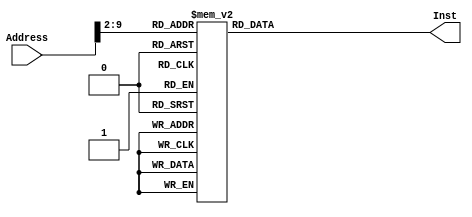
`timescale 1ns / 1ps
//////////////////////////////////////////////////////////////////////////////////
// Company: 
// Engineer: 
// 
// Design Name: 
// Module Name: InstMemory
// Project Name: 
// Target Devices: 
// Tool Versions: 
// Description: 
// ROM,IP
// Dependencies: 
// 
// Revision:
// Revision 0.01 - File Created
// Additional Comments:
// 
//////////////////////////////////////////////////////////////////////////////////


module InstMemory(Address,Inst);
(* DONT_TOUCH= "TRUE" *) input [31:0] Address;
output reg [31:0] Inst;
parameter s0 = 5'd16;
parameter s1 = 5'd17;
parameter s2 = 5'd18;
parameter s4 = 5'd20;
parameter s5 = 5'd21;
parameter a0 = 5'd4;
parameter a1 = 5'd5;
parameter a2 = 5'd6;
parameter a3 = 5'd7;
parameter t0 = 5'd8;
parameter t1 = 5'd9;
parameter t2 = 5'd10;
parameter t3 = 5'd11;
parameter t4 = 5'd12;
parameter t5 = 5'd13;
parameter t6 = 5'd14;
parameter t7 = 5'd15;
parameter t8 = 5'd24;
parameter v0 = 5'd2;
parameter Interrupt = 26'd46;
parameter digital = 26'd139;
parameter exception = 26'd145;
always @(*) begin
    case (Address[9:2])
        // j main
        8'd0: Inst <= {6'h02,26'd3};
        // j interrupt
        8'd1: Inst <= {6'h02,Interrupt};
        // j exception
        8'd2: Inst <= {6'h02,exception};
        //lw $s0 0($0)
        8'd3: Inst <= {6'h23,5'd0,5'd16,16'd0};
        //lw $s1 4($0)
        8'd4: Inst <= {6'h23,5'd0,5'd17,16'd4};
        //lw $s2 8($0)
        8'd5: Inst <= {6'h23,5'd0,5'd18,16'd8};
        //lw $s5 12($0)
        8'd6: Inst <= {6'h23,5'd0,5'd21,16'd12};
        //lw $s4 16($0)
        8'd7: Inst <= {6'h23,5'd0,5'd20,16'd16};
        //addi $t0 $0 0
        8'd8: Inst <= {6'h08,5'd0,5'd8,16'd0};
        //addi $a0 $s4 0
        8'd9: Inst <= {6'h08,5'd20,5'd4,16'd0};
        //addi $a1 $s5 0
        8'd10: Inst <= {6'h08,5'd21,5'd5,16'd0};
        //dlp:
        //lw $a2 0($a0)
        8'd11: Inst <= {6'h23,5'd4,5'd6,16'd0};
        //lw $a3 0($a1) 
        8'd12: Inst <= {6'h23,5'd5,5'd7,16'd0};
        //addi $a0 $a0 4
        8'd13: Inst <= {6'h08,5'd4,5'd4,16'd4};
        //addi $a1 $a1 4
        8'd14: Inst <= {6'h08,5'd5,5'd5,16'd4};
        //addi $t1 $s1 0
        8'd15: Inst <= {6'h08,5'd17,5'd9,16'd0};
        //dip:
        //sub $t2 $t1 $a2
        8'd16: Inst <= {6'h00,t1,a2,t2,5'd0,6'h22};
        //bltz $t2 10
        8'd17: Inst <= {6'h01,t2,5'd0,16'd10};
        //sll $t2 $t2 2
        8'd18: Inst <= {6'h00,5'd0,t2,t2,5'd2,6'h00};
        //add $t2 $s0 $t2
        8'd19: Inst <= {6'h00,s0,t2,t2,5'd0,6'h20};
        //lw $t3 0($t2)
        8'd20: Inst <= {6'h23,t2,t3,16'd0};
        //add $t2 $t3 $a3
        8'd21: Inst <= {6'h00,t3,a3,t2,5'd0,6'h20};
        //sll $t3 $t1 2
        8'd22: Inst <= {6'h00,5'd0,t1,t3,5'd2,6'h00};
        //add $t3 $s0 $t3
        8'd23: Inst <= {6'h00,s0,t3,t3,5'd0,6'h20};
        //lw $t4 0($t3)
        8'd24: Inst <= {6'h23,t3,t4,16'd0};
        //sub $t5 $t4 $t2
        8'd25: Inst <= {6'h00,t4,t2,t5,5'd0,6'h22};
        //bgtz $t5 1
        8'd26: Inst <= {6'h07,t5,5'd0,16'd1};
        //sw $t2 0($t3)
        8'd27: Inst <= {6'h2b,t3,t2,16'd0};
        //goto:
        //addi $at $0 1
        8'd28: Inst <= {6'h08,5'd0,5'd1,16'd1};
        //sub $t1 $t1 $at
        8'd29: Inst <= {6'h00,t1,5'd1,t1,5'd0,6'h22};
        //addi $at $0 -1
        8'd30: Inst <= {6'h08,5'd0,5'd1,16'hffff};
        //sub $t5 $t1 $at
        8'd31: Inst <= {6'h00,t1,5'd1,t5,5'd0,6'h22};
        //bgtz $t5 dip
        8'd32: Inst <= {6'h07,t5,5'd0,16'hffef};
        //addi $t0 $t0 1
        8'd33: Inst <= {6'd08,t0,t0,16'd1};
        //sub $t5 $t0 $s2
        8'd34: Inst <= {6'h00,t0,s2,t5,5'd0,6'h22};
        //bltz $t5 dlp
        8'd35: Inst <= {6'h01,t5,5'd0,16'hffe7};
        //sll $t5 $s1 2
        8'd36: Inst <= {6'h00,5'd0,s1,t5,5'd2,6'h00};
        //add $t6 $s0 $t5
        8'd37: Inst <= {6'h00,s0,t5,t6,5'd0,6'h20};
        //lw $v0 0($t6)
        8'd38: Inst <= {6'h23,t6,v0,16'd0};
        //lui $t0 0x4000
        8'd39: Inst <= {6'h0f,5'd0,t0,16'h4000};
        //lw $t1 8($t0)
        8'd40: Inst <= {6'h23,t0,t1,16'd8};
        //addi $t2 $0 3
        8'd41: Inst <= {6'h08,5'd0,t2,16'd3};
        //or $t1 $t1 $t2
        8'd42: Inst <= {6'h00,t1,t2,t1,5'd0,6'h25};
        //sw $t2 8($t0)
        8'd43: Inst <= {6'h2b,t0,t2,16'd8};
        //wait: j wait
        8'd44: Inst <= {6'h02,26'd44};
        8'd45: Inst <= {6'h02,26'd44};
        //Interrupt:
        //lui $t0, 0x4000 
        8'd46: Inst <= {6'h0f,5'd0,t0,16'h4000};
        //addi $t2, $0, 9
        8'd47: Inst <= {6'h08,5'd0,t2,16'd9};
        //lw $t3, 8($t0)
        8'd48: Inst <= {6'h23,t0,t3,16'd8};
        //and $t3, $t3, $t2
        8'd49: Inst <= {6'h00,t3,t2,t3,5'd0,6'h24};
        //sw $t3, 8($t0)
        8'd50: Inst <= {6'h2b,t0,t3,16'd8};
        //lw $t4, 16($t0)
        8'd51: Inst <= {6'h23,t0,t4,16'd16};
        //andi $t5, $t4, 0x0100
        8'd52: Inst <= {6'h0c,t4,t5,16'h0100};
        //bne $t5, $0, AN1
        8'd53: Inst <= {6'h05,5'd0,t5,16'd5};
        //addi $t5, $0, 0x0d00
        8'd54: Inst <= {6'h08,5'd0,t5,16'h0d00}; 
        //add $t7, $0, $v0
        8'd55: Inst <= {6'h00,5'd0,v0,t7,5'd0,6'h20};
        //andi $t7, $t7, 0x00f0
        8'd56: Inst <= {6'h0c,t7,t7,16'h00f0};
        //srl $t7, $t7, 4 
        8'd57: Inst <= {6'h00,5'd0,t7,t7,5'd4,6'h02};
        //j Number
        8'd58: Inst <= {6'h02,26'd75};
        //AN1:
        //andi $t5, $t4, 0x0200
        8'd59: Inst <= {6'h0c,t4,t5,16'h0200};
        //bne $t5, $0, AN2
        8'd60: Inst <= {6'h05,5'd0,t5,16'd5};
        //addi $t5, $0, 0x0b00
        8'd61: Inst <= {6'h08,5'd0,t5,16'h0b00};
        //add $t7, $0, $v0
        8'd62: Inst <= {6'h00,5'd0,v0,t7,5'd0,6'h20};
        //andi $t7, $t7, 0x0f00
        8'd63: Inst <= {6'h0c,t7,t7,16'h0f00};
        //srl $t7, $t7, 8
        8'd64: Inst <= {6'h00,5'd0,t7,t7,5'd8,6'h02};
        //j Number
        8'd65: Inst <= {6'h02,26'd75};
        //AN2:
        //andi $t5, $t4, 0x0400
        8'd66: Inst <= {6'h0c,t4,t5,16'h0400};
        //bne $t5, $0, AN3
        8'd67: Inst <= {6'h05,5'd0,t5,16'd5};    
        //addi $t5, $0, 0x0700
        8'd68: Inst <= {6'h08,5'd0,t5,16'h0700};
        //add $t7,$0, $v0
        8'd69: Inst <= {6'h00,5'd0,v0,t7,5'd0,6'h20};
        //andi $t7, $t7, 0xf000
        8'd70: Inst <= {6'h0c,t7,t7,16'hf000};
        //srl $t7, $t7, 12
        8'd71: Inst <= {6'h00,5'd0,t7,t7,5'd12,6'h02};
        //j Number
        8'd72: Inst <= {6'h02,26'd75};
        //AN3:
        //addi $t5, $0, 0x0e00  
        8'd73: Inst <= {6'h08,5'd0,t5,16'h0e00};
        //add  $t7, $0,$v0  #t7 = V0
        8'd74: Inst <= {6'h00,5'd0,v0,t7,5'd0,6'h20};
        //andi $t7, $t7, 0x000f
        8'd75: Inst <= {6'h0c,t7,t7,16'h000f};
        //Number:
        //beq $t7, $0, zero
        8'd76: Inst <= {6'h04,5'd0,t7,16'd30};
        //addi $t8 $0 1
        8'd77: Inst <= {6'h08,5'd0,t8,16'd1};
        //beq $t7, $t8, one
        8'd78: Inst <= {6'h04,t8,t7,16'd30};
        //addi $t8 $0 2
        8'd79: Inst <= {6'h08,5'd0,t8,16'd2};
        //beq $t7, $t8, two
        8'd80: Inst <= {6'h04,t8,t7,16'd30};
        //addi $t8 $0 3
        8'd81: Inst <= {6'h08,5'd0,t8,16'd3};                
        //beq $t7, $t8, three
        8'd82: Inst <= {6'h04,t8,t7,16'd30};
        //addi $t8 $0 4
        8'd83: Inst <= {6'h08,5'd0,t8,16'd4};                
        //beq $t7, $t8, four
        8'd84: Inst <= {6'h04,t8,t7,16'd30};
        //addi $t8 $0 5
        8'd85: Inst <= {6'h08,5'd0,t8,16'd5};                
        //beq $t7, $t8, five
        8'd86: Inst <= {6'h04,t8,t7,16'd30};
        //addi $t8 $0 6
        8'd87: Inst <= {6'h08,5'd0,t8,16'd6};                
        //beq $t7, $t8, six
        8'd88: Inst <= {6'h04,t8,t7,16'd30};
        //addi $t8 $0 6
        8'd89: Inst <= {6'h08,5'd0,t8,16'd7};                
        //beq $t7, $t8, five
        8'd90: Inst <= {6'h04,t8,t7,16'd30};
                //addi $t8 $0 5
        8'd91: Inst <= {6'h08,5'd0,t8,16'd8};                
        //beq $t7, $t8, five
        8'd92: Inst <= {6'h04,t8,t7,16'd30};
                //addi $t8 $0 5
        8'd93: Inst <= {6'h08,5'd0,t8,16'd9};                
        //beq $t7, $t8, five
        8'd94: Inst <= {6'h04,t8,t7,16'd30};
                //addi $t8 $0 5
        8'd95: Inst <= {6'h08,5'd0,t8,16'd10};                
        //beq $t7, $t8, five
        8'd96: Inst <= {6'h04,t8,t7,16'd30};
                //addi $t8 $0 5
        8'd97: Inst <= {6'h08,5'd0,t8,16'd11};                
        //beq $t7, $t8, five
        8'd98: Inst <= {6'h04,t8,t7,16'd30};
                //addi $t8 $0 5
        8'd99: Inst <= {6'h08,5'd0,t8,16'd12};                
        //beq $t7, $t8, five
        8'd100: Inst <= {6'h04,t8,t7,16'd30};
                //addi $t8 $0 5
        8'd101: Inst <= {6'h08,5'd0,t8,16'd13};                
        //beq $t7, $t8, five
        8'd102: Inst <= {6'h04,t8,t7,16'd30};
                //addi $t8 $0 5
        8'd103: Inst <= {6'h08,5'd0,t8,16'd14};                
        //beq $t7, $t8, five
        8'd104: Inst <= {6'h04,t8,t7,16'd30};
                //addi $t8 $0 5
        8'd105: Inst <= {6'h08,5'd0,t8,16'd15};                
        //beq $t7, $t8, five
        8'd106: Inst <= {6'h04,t8,t7,16'd30};
        //zero:
        //addi $t6, $t5, 0xc0
        8'd107: Inst <= {6'h08,t5,t6,16'hc0};
        // j digital
        8'd108: Inst <= {6'h02,digital};
                //addi $t6, $t5, 0xc0
        8'd109: Inst <= {6'h08,t5,t6,16'hf9};
        // j digital
        8'd110: Inst <= {6'h02,digital};
                //addi $t6, $t5, 0xc0
        8'd111: Inst <= {6'h08,t5,t6,16'ha4};
        // j digital
        8'd112: Inst <= {6'h02,digital};
                //addi $t6, $t5, 0xc0
        8'd113: Inst <= {6'h08,t5,t6,16'hb0};
        // j digital
        8'd114: Inst <= {6'h02,digital};
                //addi $t6, $t5, 0xc0
        8'd115: Inst <= {6'h08,t5,t6,16'h99};
        // j digital
        8'd116: Inst <= {6'h02,digital};
                        //addi $t6, $t5, 0xc0
        8'd117: Inst <= {6'h08,t5,t6,16'h92};
        // j digital
        8'd118: Inst <= {6'h02,digital};
                        //addi $t6, $t5, 0xc0
        8'd119: Inst <= {6'h08,t5,t6,16'h82};
        // j digital
        8'd120: Inst <= {6'h02,digital};
                        //addi $t6, $t5, 0xc0
        8'd121: Inst <= {6'h08,t5,t6,16'hf8};
        // j digital
        8'd122: Inst <= {6'h02,digital};
                        //addi $t6, $t5, 0xc0
        8'd123: Inst <= {6'h08,t5,t6,16'h80};
        // j digital
        8'd124: Inst <= {6'h02,digital};
                        //addi $t6, $t5, 0xc0
        8'd125: Inst <= {6'h08,t5,t6,16'h90};
        // j digital
        8'd126: Inst <= {6'h02,digital};
                        //addi $t6, $t5, 0xc0
        8'd127: Inst <= {6'h08,t5,t6,16'h88};
        // j digital
        8'd128: Inst <= {6'h02,digital};
                        //addi $t6, $t5, 0xc0
        8'd129: Inst <= {6'h08,t5,t6,16'h83};
        // j digital
        8'd130: Inst <= {6'h02,digital};
                        //addi $t6, $t5, 0xc0
        8'd131: Inst <= {6'h08,t5,t6,16'hc6};
        // j digital
        8'd132: Inst <= {6'h02,digital};
                        //addi $t6, $t5, 0xc0
        8'd133: Inst <= {6'h08,t5,t6,16'ha1};
        // j digital
        8'd134: Inst <= {6'h02,digital};
                        //addi $t6, $t5, 0xc0
        8'd135: Inst <= {6'h08,t5,t6,16'h86};
        // j digital
        8'd136: Inst <= {6'h02,digital};
                        //addi $t6, $t5, 0xc0
        8'd137: Inst <= {6'h08,t5,t6,16'h8e};
        // j digital
        8'd138: Inst <= {6'h02,digital};
        // digital
        // sw $t6, 16($t0)
        8'd139: Inst <= {6'h2b,t0,t6,16'd16};
        // lw $t2, 8($t0) 
        8'd140: Inst <= {6'h23,t0,t2,16'd8};
        // addi $t3, $0, 0x0002
        8'd141: Inst <= {6'h08,5'd0,t3,16'h2};
        // or $t2, $t2, $t3 
        8'd142: Inst <= {6'h00,t2,t3,t2,5'd0,6'h25};
        // sw $t2, 8($t0)
        8'd143: Inst <= {6'h2b,t0,t2,16'd8};
        // jr $26
        8'd144: Inst <= {6'h00,5'd26,15'd0,6'h08};
        // Exception
        // j Exception
        8'd145: Inst <= {6'h02,exception};
        default : Inst <= {6'h02,26'd3};
endcase
end
endmodule